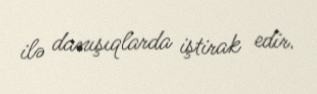
ilə danışıqlarda iştirak edir.